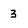
Character: 3